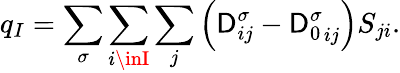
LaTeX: q_{I}=\sum_{\sigma}\sum_{i\inI}\sum_{j}\left(\mathsf{D}_{ij}^{\sigma}-{\mathsf{D}_{0}^{\sigma}}_{ij}\right)S_{ji}.